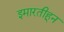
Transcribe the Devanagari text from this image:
इमारतीहून